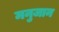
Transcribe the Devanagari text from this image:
मनुजान